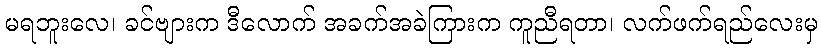
မရဘူးလေ၊ ခင်ဗျားက ဒီလောက် အခက်အခဲကြားက ကူညီရတာ၊ လက်ဖက်ရည်လေးမှ